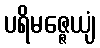
ပရိမဇ္ဇေယျံ